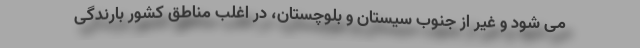
می شود و غیر از جنوب سیستان و بلوچستان، در اغلب مناطق کشور بارندگی